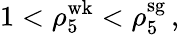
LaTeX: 1<\rho_{5}^{\mathrm{wk}}<\rho_{5}^{\mathrm{sg}}\, ,